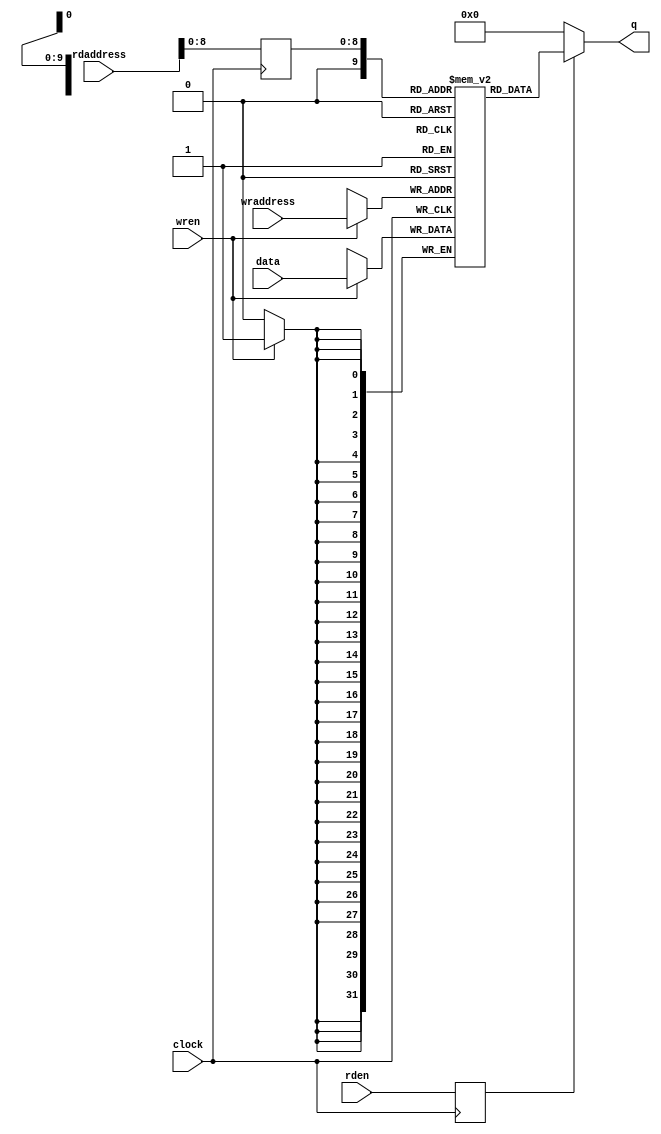
module RAM_512_18
  #(parameter B = 1024)
   (
    output signed [31:0]    q,
    input signed [31:0]     data,
    input [($clog2(B)-1):0] wraddress, rdaddress,
    input                   wren, rden, clock
    );

   reg [8:0]                read_address_reg;
   reg signed [31:0]        mem [(B-1):0] /*synthesis ramstyle = M10K" */;
   reg                      rden_reg;

   always @(posedge clock) begin
      if (wren)
        mem[wraddress] <= data;
   end

   always @(posedge clock) begin
      read_address_reg <= rdaddress;
      rden_reg <= rden;
   end

   assign q = (rden_reg) ? mem[read_address_reg] : 0;

endmodule